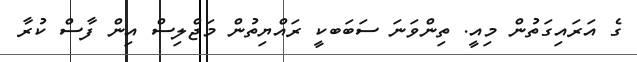
ގެ އަރައިގަތުން މިއީ. ތިންވަނަ ސަބަބކީ ރައްޔިތުން މަޖްލިސް އިން ފާސް ކުރާ